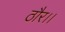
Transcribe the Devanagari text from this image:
ठौर।।